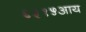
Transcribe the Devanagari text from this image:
६३१५आय